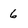
Character: 6